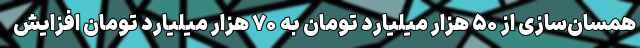
همسان‌سازی از ۵۰ هزار میلیارد تومان به ۷۰ هزار میلیارد تومان افزایش